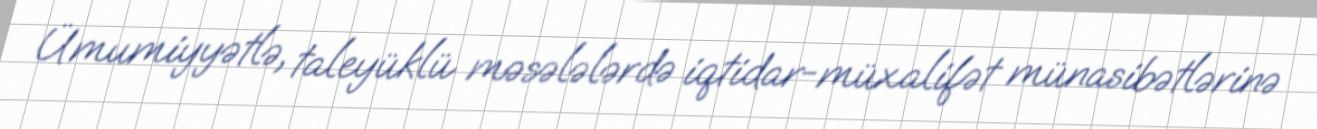
Ümumiyyətlə, taleyüklü məsələlərdə iqtidar-müxalifət münasibətlərinə